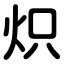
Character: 炽